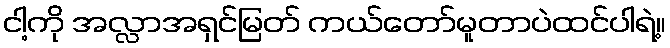
ငါ့ကို အလ္လာအရှင်မြတ် ကယ်တော်မူတာပဲထင်ပါရဲ့။